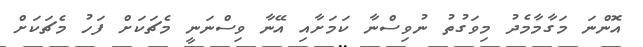
އޮންނަ މަގާމާމެދު މިވަގުތު ނުވިސްނާ ކަމަށާއި އޭނާ ވިސްނަނީ މެޗަކަށް ފަހު މެޗަކަށް